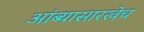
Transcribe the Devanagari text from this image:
आंब्यासारखेच